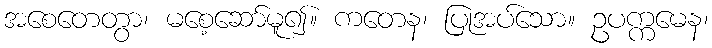
အစေတေတွာ၊ မစေ့ဆော်မူ၍။ ကတေန၊ ပြုအပ်သော။ ဥပက္ကမေန၊